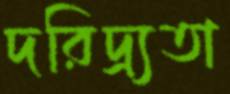
দরিদ্র্যতা